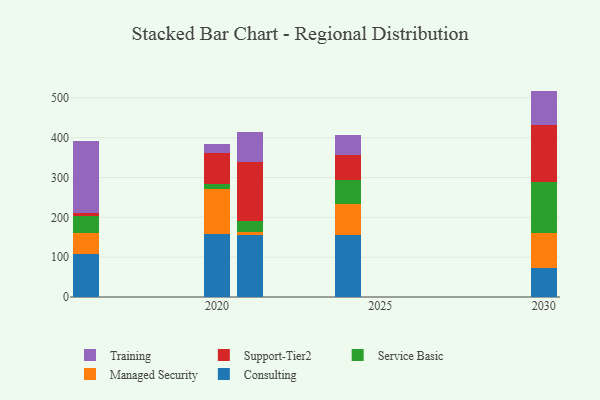
{"axis": {"x": "Year", "y": "Headcount"}, "legend": ["Consulting", "Managed Security", "Service Basic", "Support-Tier2", "Training"], "data": [{"x": "2024", "y": 155.7, "type": "Consulting"}, {"x": "2024", "y": 78.6, "type": "Managed Security"}, {"x": "2024", "y": 59.1, "type": "Service Basic"}, {"x": "2024", "y": 62.2, "type": "Support-Tier2"}, {"x": "2024", "y": 52.4, "type": "Training"}, {"x": "2021", "y": 156.7, "type": "Consulting"}, {"x": "2021", "y": 5.8, "type": "Managed Security"}, {"x": "2021", "y": 27.8, "type": "Service Basic"}, {"x": "2021", "y": 148.8, "type": "Support-Tier2"}, {"x": "2021", "y": 75.2, "type": "Training"}, {"x": "2016", "y": 107.4, "type": "Consulting"}, {"x": "2016", "y": 54.1, "type": "Managed Security"}, {"x": "2016", "y": 40.7, "type": "Service Basic"}, {"x": "2016", "y": 8.8, "type": "Support-Tier2"}, {"x": "2016", "y": 179.6, "type": "Training"}, {"x": "2020", "y": 157.2, "type": "Consulting"}, {"x": "2020", "y": 113.1, "type": "Managed Security"}, {"x": "2020", "y": 13.6, "type": "Service Basic"}, {"x": "2020", "y": 77.2, "type": "Support-Tier2"}, {"x": "2020", "y": 22.9, "type": "Training"}, {"x": "2030", "y": 72.6, "type": "Consulting"}, {"x": "2030", "y": 88.9, "type": "Managed Security"}, {"x": "2030", "y": 126.1, "type": "Service Basic"}, {"x": "2030", "y": 144.3, "type": "Support-Tier2"}, {"x": "2030", "y": 85.8, "type": "Training"}]}